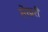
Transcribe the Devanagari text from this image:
सेखरी